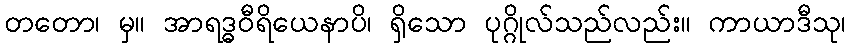
တတော၊ မှ။ အာရဒ္ဓဝီရိယေနာပိ၊ ရှိသော ပုဂ္ဂိုလ်သည်လည်း။ ကာယာဒီသု၊